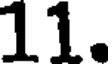
11.